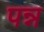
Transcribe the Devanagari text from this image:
पन्न